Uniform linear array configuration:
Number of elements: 4
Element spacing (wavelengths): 0.25
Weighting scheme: blackman
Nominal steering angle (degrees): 60
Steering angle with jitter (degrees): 60.817
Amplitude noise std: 0.05
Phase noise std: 0.05

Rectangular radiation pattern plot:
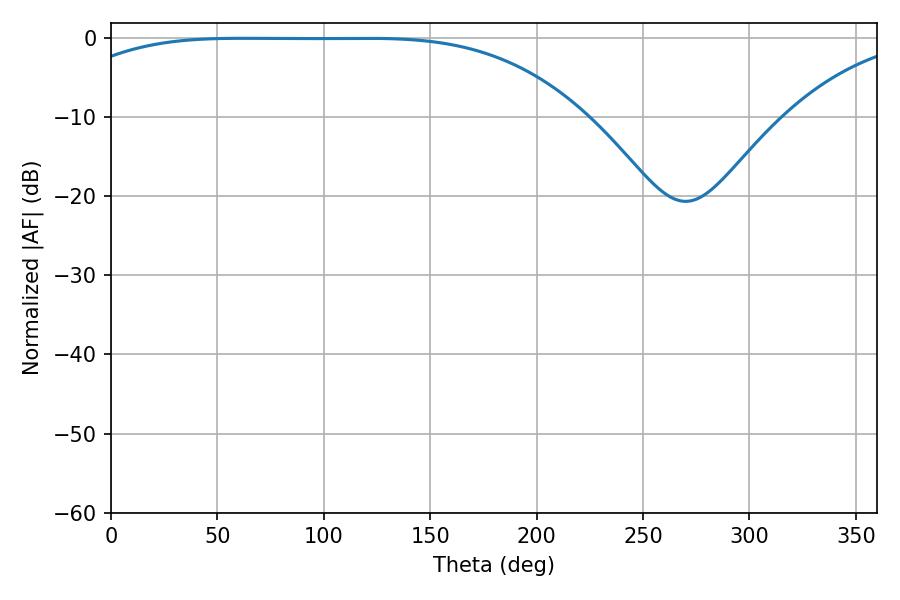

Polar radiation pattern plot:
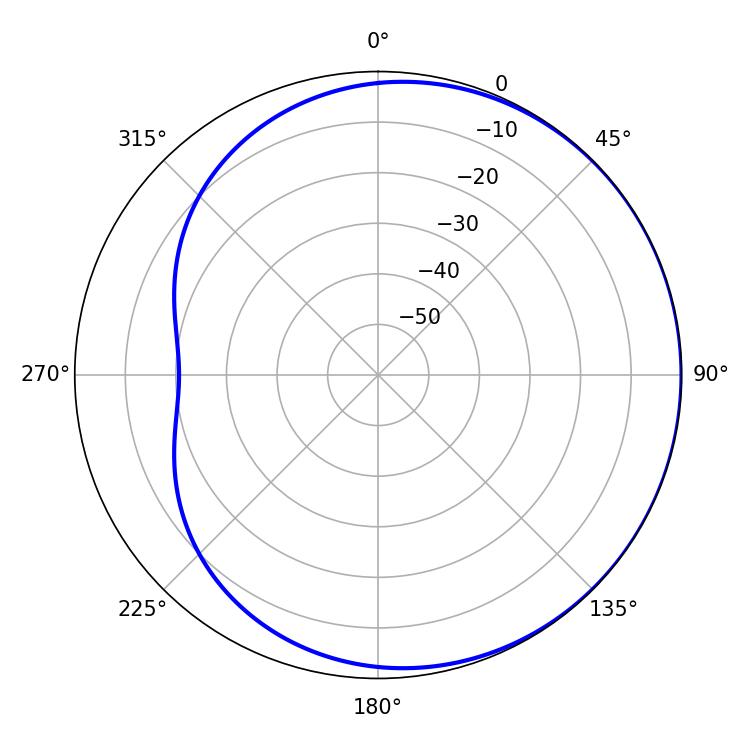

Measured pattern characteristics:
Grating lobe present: FALSE
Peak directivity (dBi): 0.5801
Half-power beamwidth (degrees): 186.66
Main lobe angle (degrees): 61.74